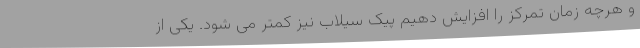
و هرچه زمان تمرکز را افزایش دهیم پیک سیلاب نیز کمتر می شود. یکی از